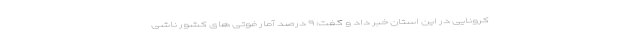
کرونایی در این استان خبر داد و گفت: ۹ درصد آمار فوتی های کشور ناشی